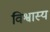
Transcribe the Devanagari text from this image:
विश्वास्य